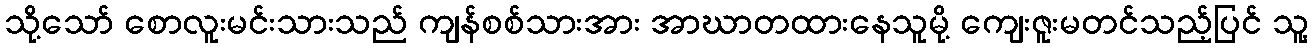
သို့သော် စောလူးမင်းသားသည် ကျန်စစ်သားအား အာဃာတထားနေသူမို့ ကျေးဇူးမတင်သည့်ပြင် သူ့